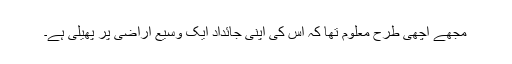
مجھے اچھی طرح معلوم تھا کہ اس کی اپنی جائداد ایک وسیع اراضی پر پھیلی ہے۔